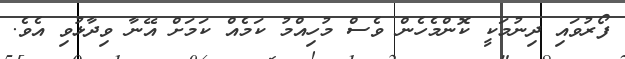
ފޯރުވައި ދިނުމަކީ ކޮންމެހެން ވެސް މުހިއްމު ކަމެއް ކަމަށް އޭނާ ވިދާޅުވި އެވެ.